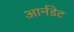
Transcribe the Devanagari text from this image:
आर्नडेट